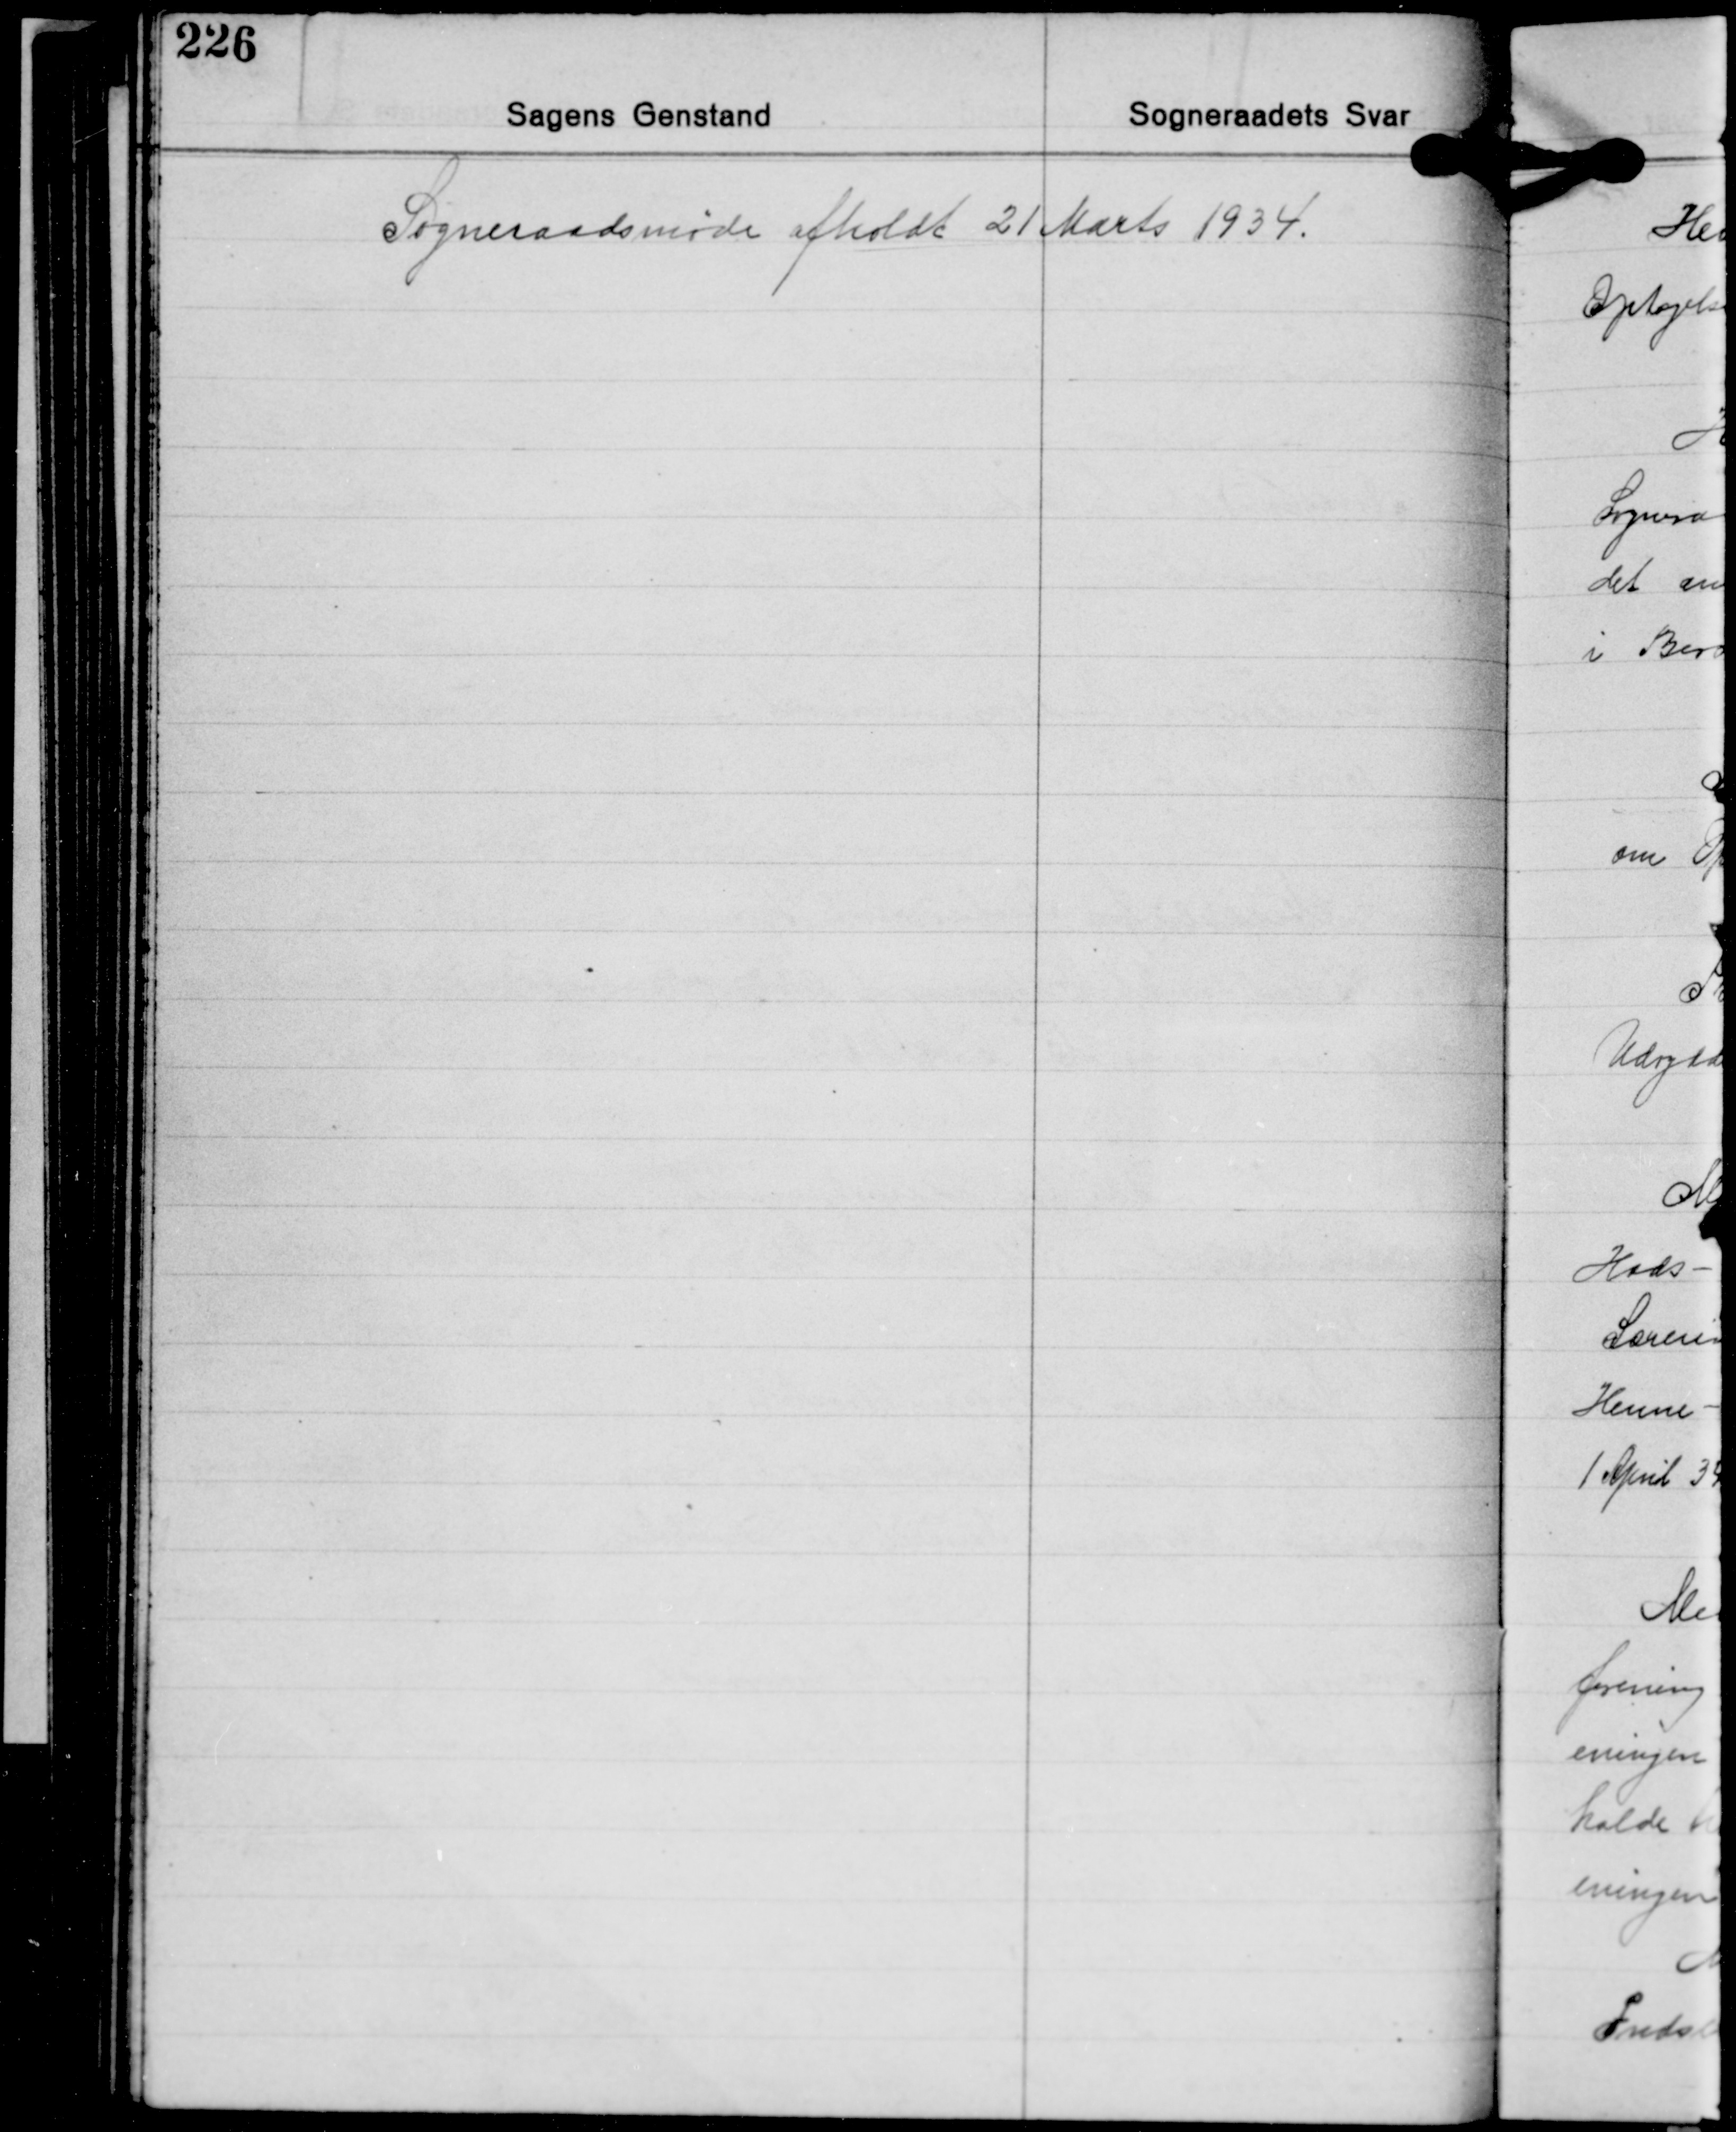
Transskription:
Sogneraadsmøde afholdt 21 Marts 1934.